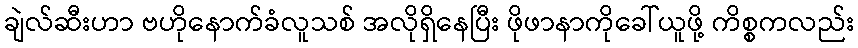
ချဲလ်ဆီးဟာ ဗဟိုနောက်ခံလူသစ် အလိုရှိနေပြီး ဖိုဖာနာကိုခေါ်ယူဖို့ ကိစ္စကလည်း